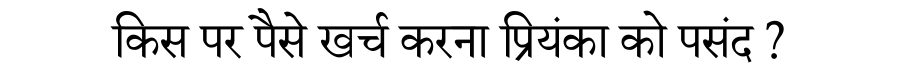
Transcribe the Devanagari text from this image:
किस पर पैसे खर्च करना प्रियंका को पसंद ?